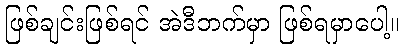
ဖြစ်ချင်းဖြစ်ရင် အဲဒီဘက်မှာ ဖြစ်ရမှာပေါ့။